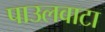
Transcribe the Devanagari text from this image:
पाउलवाटा